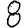
Digit: 8